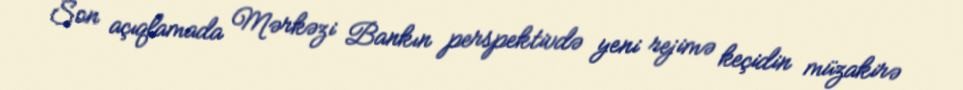
Son açıqlamada Mərkəzi Bankın perspektivdə yeni rejimə keçidin müzakirə